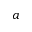
a